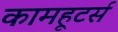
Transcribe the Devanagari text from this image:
कामहूटर्स